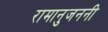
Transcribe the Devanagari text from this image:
रामानुजननी